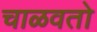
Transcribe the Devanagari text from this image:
चाळवतो